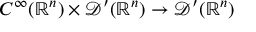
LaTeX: C ^ { \infty } ( \mathbb { R } ^ { n } ) \times { \mathcal { D } } ^ { \prime } ( \mathbb { R } ^ { n } ) \to { \mathcal { D } } ^ { \prime } ( \mathbb { R } ^ { n } )